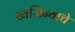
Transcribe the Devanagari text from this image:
खजिन्याचे